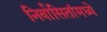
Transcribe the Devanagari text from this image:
निर्वासितांमध्ये